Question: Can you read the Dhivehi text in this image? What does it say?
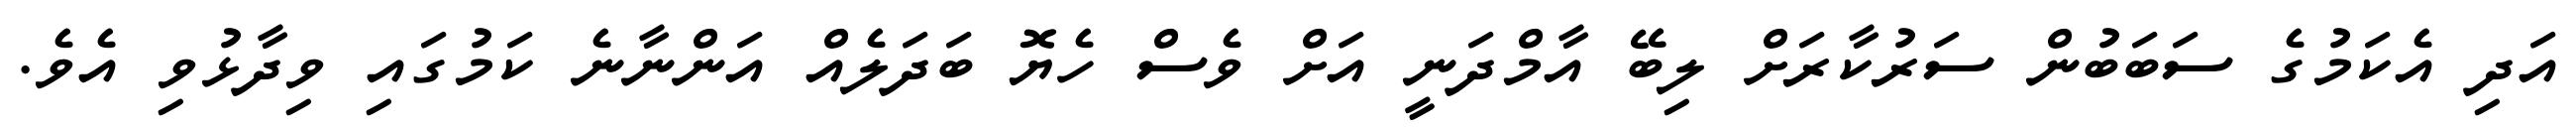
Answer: އަދި އެކަމުގެ ސަބަބުން ސަރުކާރަށް ލިބޭ އާމްދަނީ އަށް ވެސް ހެޔޮ ބަދަލެއް އަންނާނެ ކަމުގައި ވިދާޅުވި އެވެ.